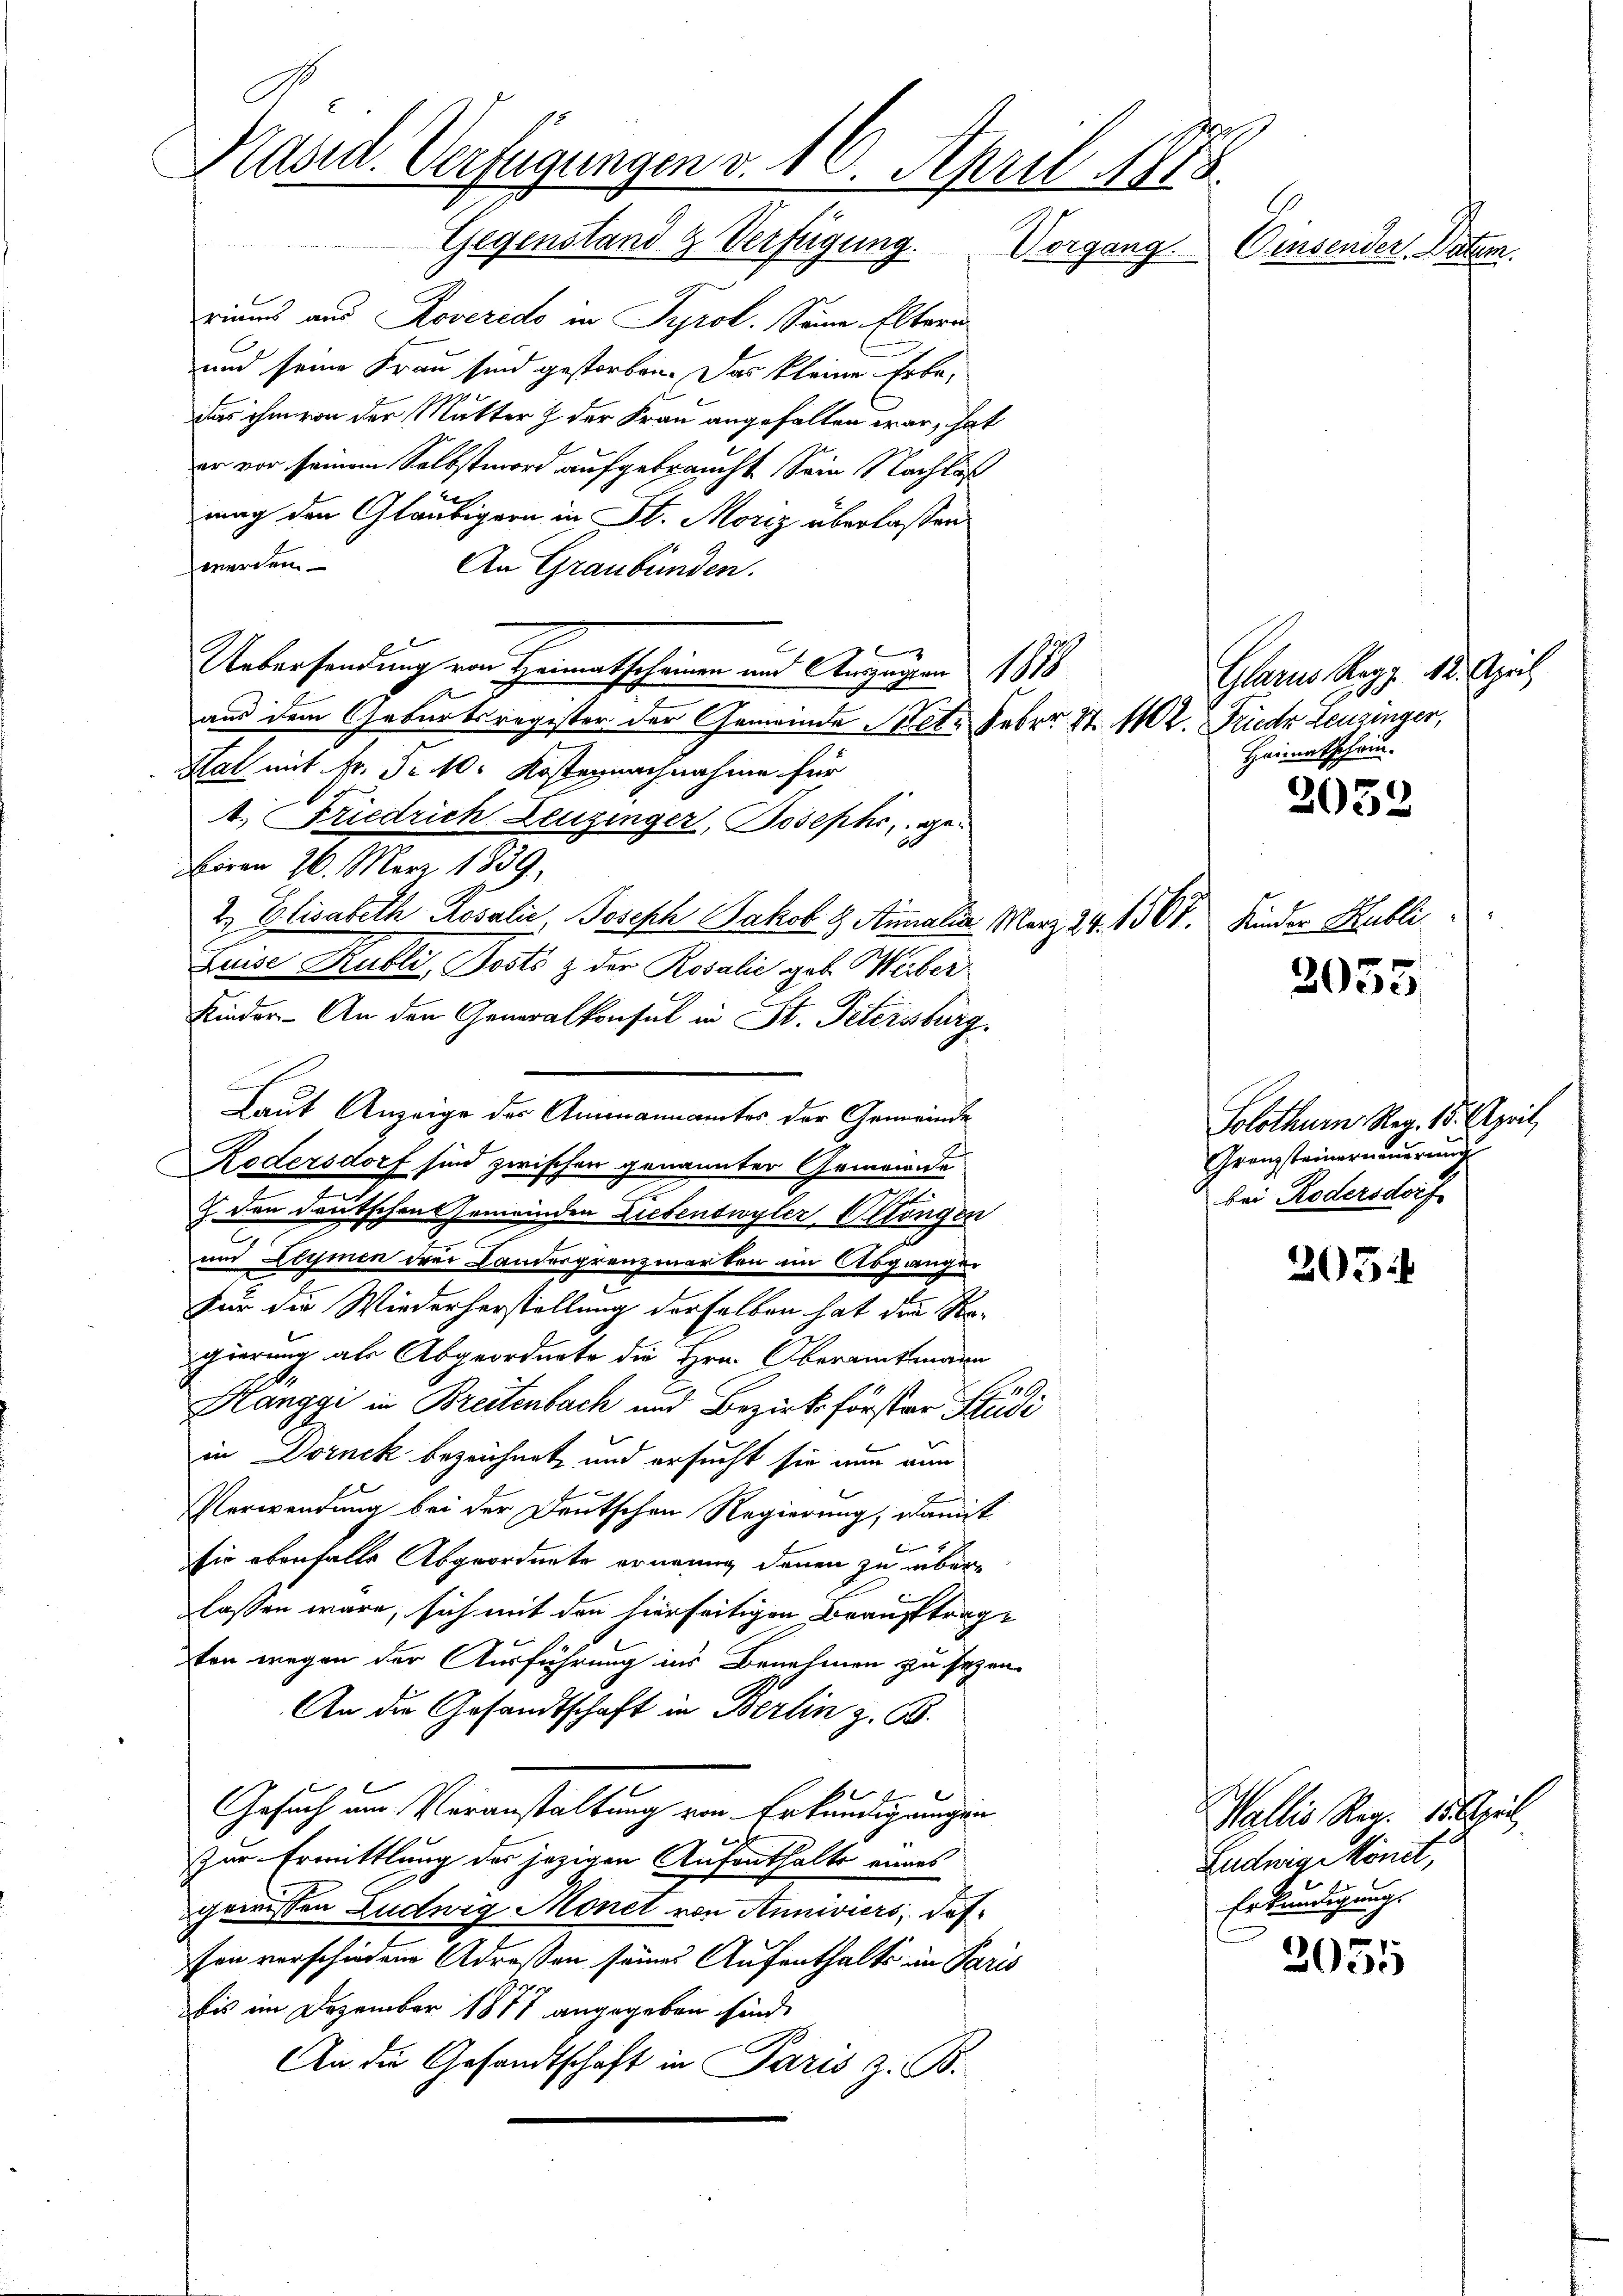
Präsid. Verfügungen v. 16. April 1873.
Gegenstand & Verfügung. Vorgang.
Censunter Sachen.

riums aus Roverido in Tyrol. Seine Eltera
und seine Frau sind gestorben. Das kleine Erbe,
das ihm von der Mutter & der Frau angehalten war, hat
er vor seinem Selbstmord aufgebraucht Sein Nachlaß
6
mag den Gläubigern in St. Moriz überlassen
werden.
An Graubünden.
g
Uebersendung von Heimatscheinen und Angegen 1878
aus dem Geburtsregister der Gemeinde Betr. Feber. S. 12. Frieder Leuzinger,
Hat mit Fr. Fr. 10. Kostennachnahme für
1. Friedrich Leuzinger, Josephi, georen 26. März 1839.
2. Elisabeth Rosalić Joseph Jakob & Amalia März 24. 1368. Kinder Hubli
Luise Publi, Posts & der Rosalie geb. Weiber
Kinder. - An den Generalkonsul in St. Petersburg
u
Rödersdorf sind zwischen genannter Gemeinde
 den deutschen Gemeinden Liebenswyler Ottingen
.
c
und Leimen drei Landergrenzmarken im Abgangen
Für die Wiederherstellung derselben hat die Regierung als Abgeordnete die Hrn. Oberamtmann
L Al.
Hanggi in Breitenbach und Bezirksförster Studi
in Dornek bezeichnet, und ersucht sie nun nun
Verwendung bei der Deutschen Regierung, damit
sie ebenfalls Abgeordnete erneung denen zu überlassen wäre, sich mit den hierseitigen Beauftrage
ten wegen der Ausführung ins Benehmen zu seyen.
An die Gesandtschaft in Berlin z. B.
Gesuch um Veranstaltung von Erkundigungen
Zur Ermittlung des jezigen Aufenthalte eines
gewesen Ludwig Monet von Anniviers, daß
son verschiedene Adressen seines Aufenthalts in Paris
bis im Dezember 1877 angegeben sind.
An die Gesandtschaft in Paris z. B.

Laut Anzeige der Ammannamtes der Gemeinde

2052

2055

Glarus Kap. 18. April
Heimatschein.

Solothurn. Reg. 18. April,
Granzsteinerneuerung
bei Rodersdorf

205

Wallis Reg. 15. April,
Ludwig könnt,
f
Erkundigungs

2055